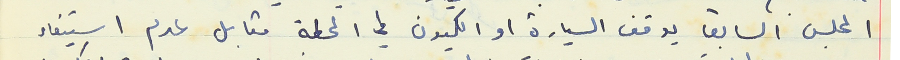
المجلس السابق يوقف السيارة او الكميون في المحطة مقابل عدم استيفاء